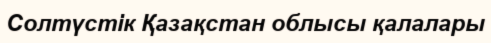
Солтүстік Қазақстан облысы қалалары